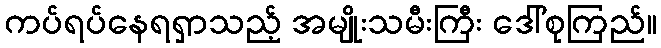
ကပ်ရပ်နေရရှာသည့် အမျိုးသမီးကြီး ဒေါ်စုကြည်။